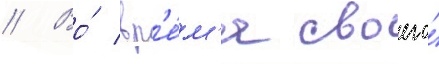
// Во́ вр'е́м'я своего́